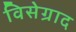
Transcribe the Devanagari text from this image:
विसेग्राद